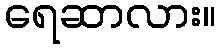
ရေဆာလား။